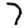
Digit: 7